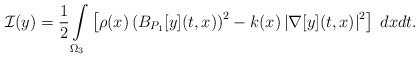
\begin{align*}\mathcal{I}(y)=\frac{1}{2}\int\limits_{\Omega_3}\left[\rho(x)\left(B_{P_1}[y](t,x)\right)^2-k(x)\left|\nabla [y](t,x)\right|^2\right]\;dxdt.\end{align*}